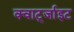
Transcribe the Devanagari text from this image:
क्वार्ट्जाइट